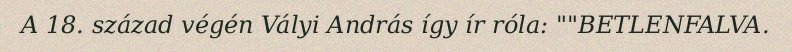
A 18. század végén Vályi András így ír róla: ""BETLENFALVA.